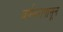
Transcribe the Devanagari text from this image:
वर्षभरापासून